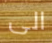
الى